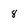
Character: 8